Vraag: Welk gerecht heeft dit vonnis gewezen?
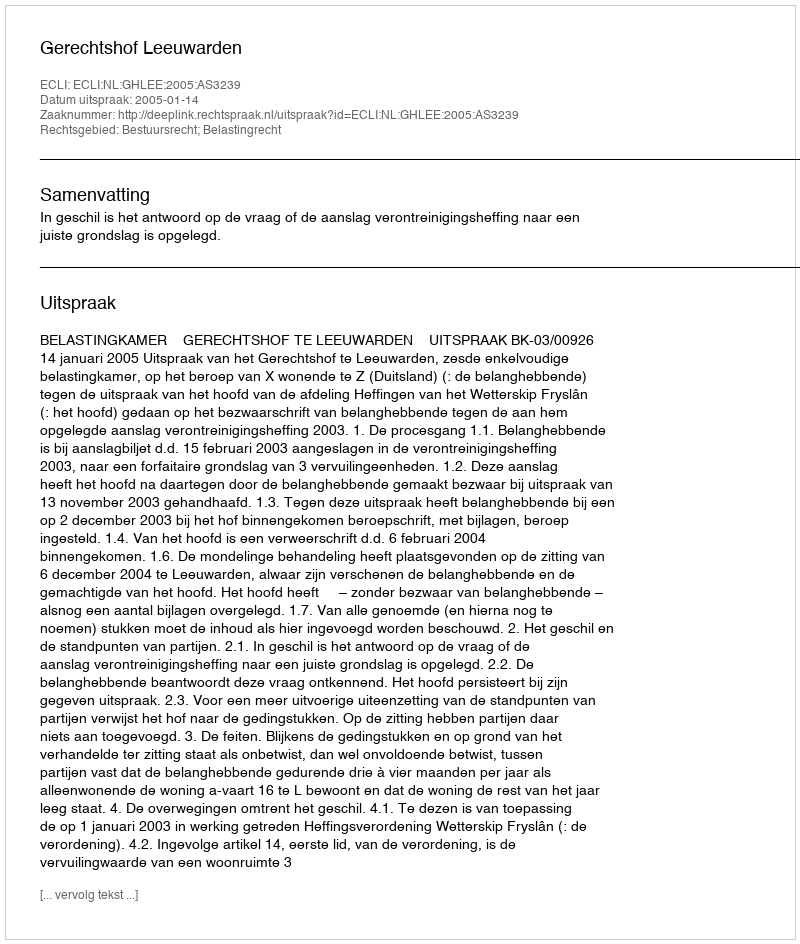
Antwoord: Gerechtshof Leeuwarden